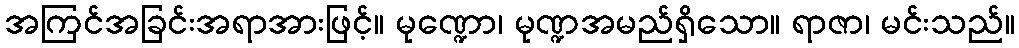
အကြင်အခြင်းအရာအားဖြင့်။ မုဏ္ဍော၊ မုဏ္ဍအမည်ရှိသော။ ရာဇာ၊ မင်းသည်။